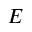
E